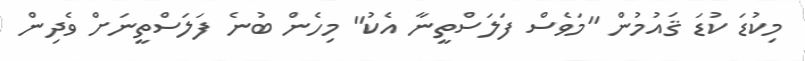
މިކުޑަ ކުޑަ ޤައުމުން "މަވެސް ފަލަސްތީނާ އެކު" މިހެން ބުނެ ފަލަސްތީނަށް ވެދިން